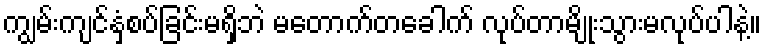
ကျွမ်းကျင်နှံ့စပ်ခြင်းမရှိဘဲ မတောက်တခေါက် လုပ်တာမျိုးသွားမလုပ်ပါနဲ့။